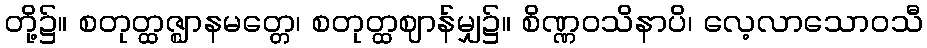
တို့၌။ စတုတ္ထဇ္ဈာနမတ္တေ၊ စတုတ္ထဈာန်မျှ၌။ စိဏ္ဏဝသိနာပိ၊ လေ့လာသောဝသီ